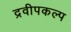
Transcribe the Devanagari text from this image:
द्रवीपकल्प